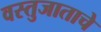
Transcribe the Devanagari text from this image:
वस्तुजाताचे